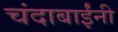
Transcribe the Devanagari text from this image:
चंदाबाईंनी